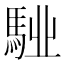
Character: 𩣌